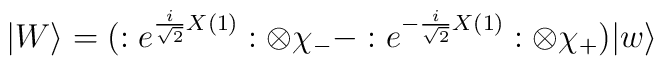
| W\rangle = (:e^{\frac{i}{\sqrt{2}}X(1)}: \otimes \chi_{-} - :e^{-\frac{i}{\sqrt{2}}X(1)}: \otimes \chi_{+}) |w\rangle